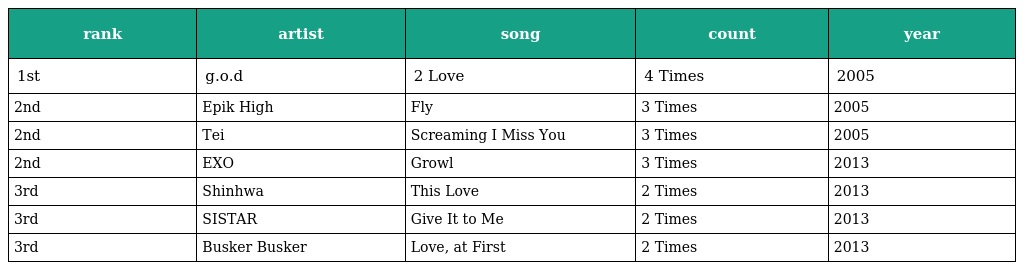
| rank | artist | song | count | year |
 | --- | --- | --- | --- | --- |
 | 1st | g.o.d | 2 Love | 4 Times | 2005 |
 | 2nd | Epik High | Fly | 3 Times | 2005 |
 | 2nd | Tei | Screaming I Miss You | 3 Times | 2005 |
 | 2nd | EXO | Growl | 3 Times | 2013 |
 | 3rd | Shinhwa | This Love | 2 Times | 2013 |
 | 3rd | SISTAR | Give It to Me | 2 Times | 2013 |
 | 3rd | Busker Busker | Love, at First | 2 Times | 2013 |